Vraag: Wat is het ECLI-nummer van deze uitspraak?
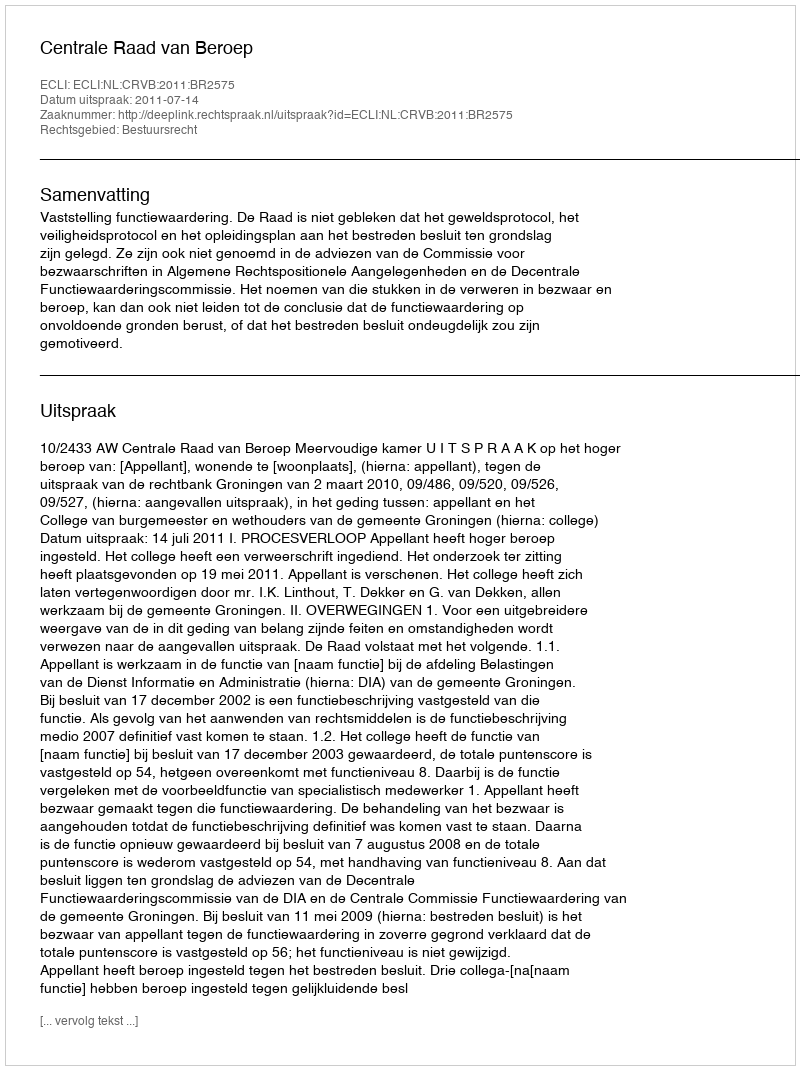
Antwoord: ECLI:NL:CRVB:2011:BR2575